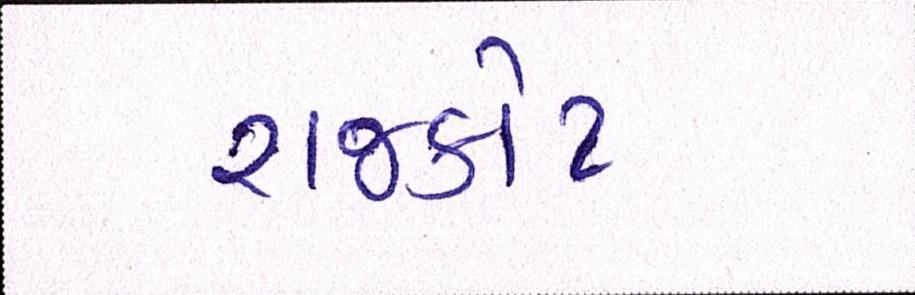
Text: રાજકોટ